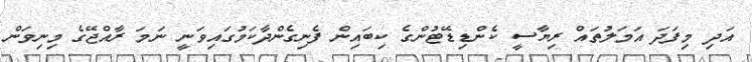
އަދި މިފަދަ އަމަލުތައް ރިޔާސީ ކެންޑިޑޭޓުންގެ ކިބައިން ފެނިގެންދާކަމުގައިވަނީ ނަމަ ރާއްޖޭގެ މިނިވަން